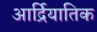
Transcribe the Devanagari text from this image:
आर्द्रियातिक